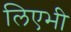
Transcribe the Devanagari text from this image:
लिएभी